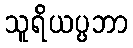
သူရိယပ္ပဘာ